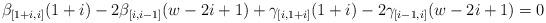
LaTeX: \begin{align*} & \beta_{[1+i,i]} (1+i) -2 \beta_{[i,i-1]} (w-2i+1) + \gamma_{[i,1+i]}(1+i) -2 \gamma_{[i-1,i]}(w-2i+1) = 0 \end{align*}